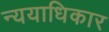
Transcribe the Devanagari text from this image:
न्ययाधिकार